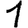
Digit: 1